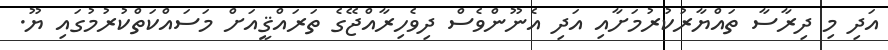
އަދި މި ދިރާސާ ތައްޔާރުކުރުމަށާއި އަދި އެނޫންވެސް ދިވެހިރާއްޖޭގެ ތަރައްޤީއަށް މަސައްކަތްކުރުމުގައި ޔޫ.